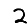
Digit: 2